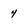
Character: 4